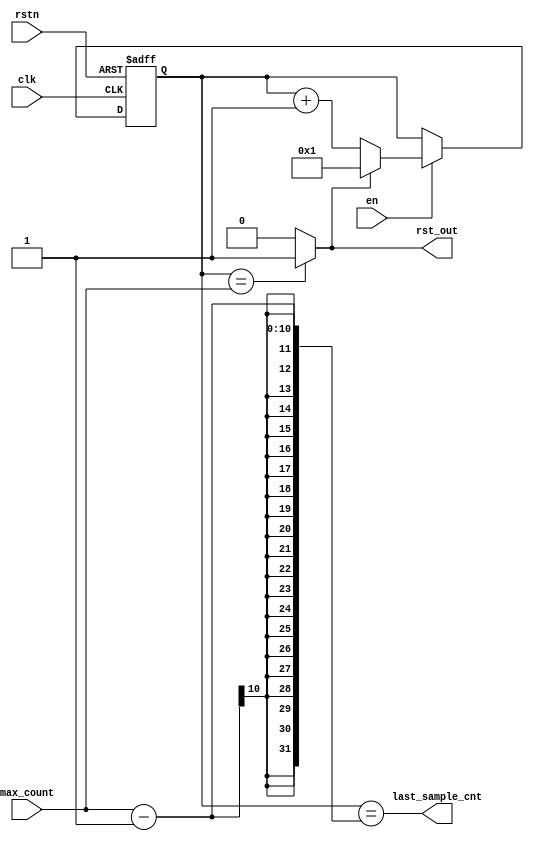
//**********************************************************************
// Copyright 2016-2017 by Silicon Creations Inc.  All rights reserved. *
// No portion of this material may be reproduced in any form           *
// without the written permission from Silicon Creations.              *
// All information contained is Silicon Creations company private,     *
// proprietary, and trade secret.                                      *
//**********************************************************************
// Context:     		Silicon Creations RTL
// Version              1.0: 	Tue Aug 14 15:48:45 EDT 2018
// support@siliconcr.com
//**********************************************************************
//
//  
//

`timescale 1ps / 1ps

`ifdef SYNTHESIS
    `define REG_DELAY
`else
    `define REG_DELAY #1
`endif

module CORERFDbincnt(
    clk,
    rstn,
    en,
    max_count,
    rst_out,
    last_sample_cnt
    );

//////////////////////////////////////////////////////////////////////
// Parameters
parameter NBITS     = 10;   // Size of the counter in bits.

//////////////////////////////////////////////////////////////////////
// Input signals
input clk;                      // Clock signal
input rstn;                     // Reset signal
input en;                       // Enable signal
input [NBITS-1:0] max_count;    // Maximum count value then reset then 

//////////////////////////////////////////////////////////////////////
// Output signals
output reg rst_out;             // Reset when count == max_count

output last_sample_cnt;
//////////////////////////////////////////////////////////////////////
// Variables
reg [NBITS-1:0] count;          // Variable for storing counter value.

assign last_sample_cnt = (count == max_count-1);
//////////////////////////////////////////////////////////////////////
// Sequential logic
always @(posedge clk, negedge rstn) begin
    if(!rstn) begin
        count <= `REG_DELAY {{(NBITS-1){1'b0}},1'b1};       // Initialize to 1
    end
    else if (en) begin
        if(rst_out) begin
            count <= `REG_DELAY {{(NBITS-1){1'b0}},1'b1};   // Initialize to 1
        end
        else begin
            count <= `REG_DELAY count + {{(NBITS-1){1'b0}},1'b1};
        end
    end
end

//////////////////////////////////////////////////////////////////////
// Combinational logic
always @* begin
    if (count == max_count) begin
        rst_out = 1'b1;
    end
    else begin
        rst_out = 1'b0;
    end
end
endmodule